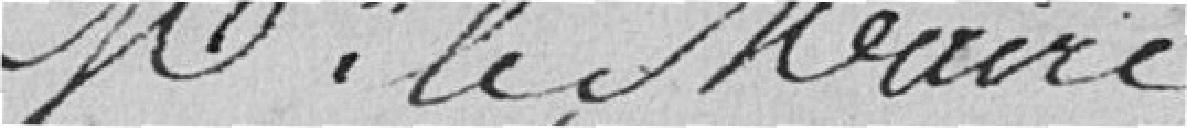
Monsieur le Maire